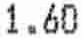
1.60